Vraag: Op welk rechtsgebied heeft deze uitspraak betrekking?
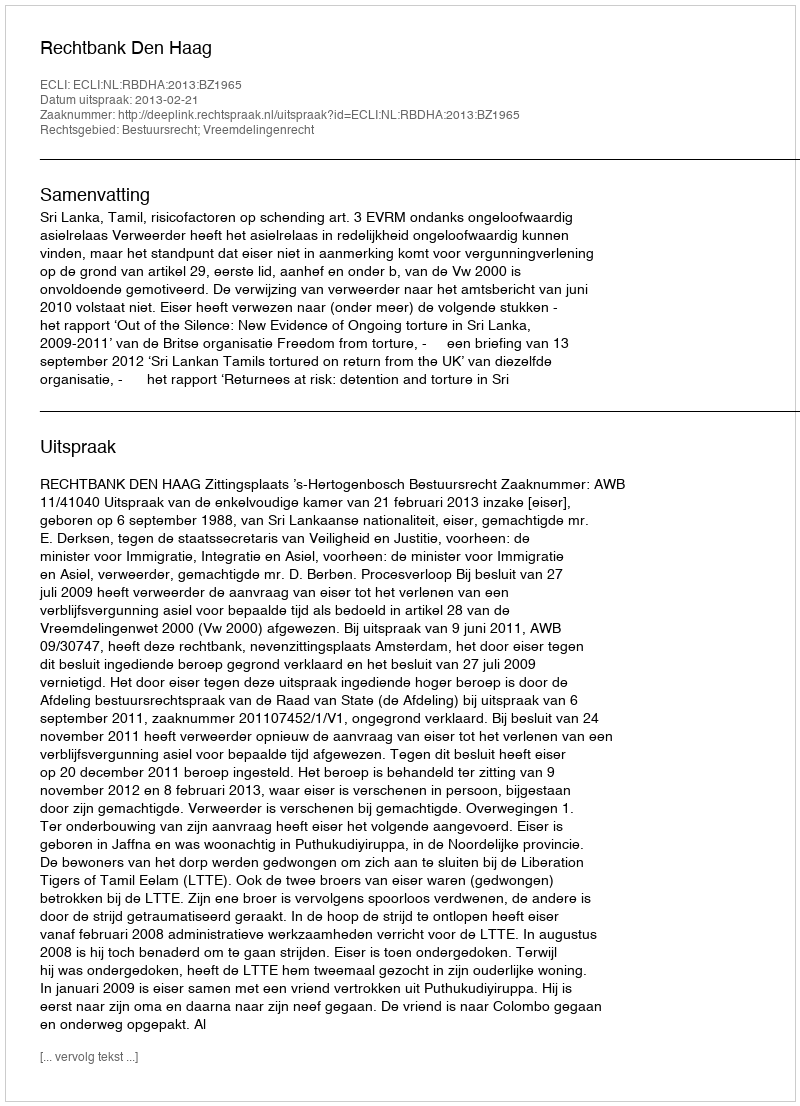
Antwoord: Bestuursrecht; Vreemdelingenrecht